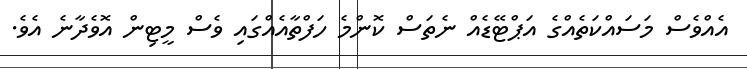
އެއްވެސް މަސައްކަތެއްގެ އަޕްޓޭޑެއް ނެތަސް ކޮންމެ ހަފްތާއެއްގައި ވެސް މީޓިން އޮވެދާނެ އެވެ.